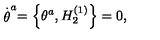
\stackrel { . } { \theta } ^ { a } = \left\{ \theta ^ { a } , H _ { 2 } ^ { \left( 1 \right) } \right\} = 0 ,